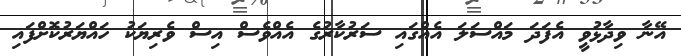
އޭނާ ވިދާޅުވީ އެފަދަ މައްސަލަ އެއްގައި ސަރުކާރުގެ އެއްވެސް އިސް ވެރިޔަކު ހައްޔަރުކޮށްފައި